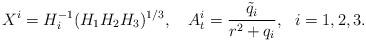
LaTeX: \begin{align*}X^i = H_i^{-1}(H_1H_2 H_3)^{1/3}, \ \ \ A^i_t = \frac{\tilde q_i}{r^2 +q_i},\ \ i=1, 2, 3.\end{align*}